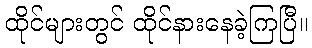
ထိုင်များတွင် ထိုင်နားနေခဲ့ကြပြီ။